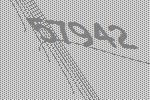
57942